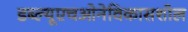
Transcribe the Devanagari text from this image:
डब्‍ल्‍यूएचओनेविकासशील